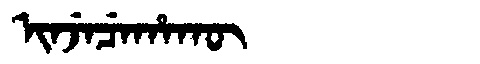
Manchu: ᡳᠨᠵᡝᠴᡝᡥᠠᡴᡡ
Romanization: INJECEHAKŪ